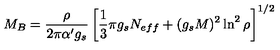
M _ { B } = \frac { \rho } { 2 \pi \alpha ^ { \prime } g _ { s } } \left[ \frac { 1 } { 3 } \pi g _ { s } N _ { e f f } + ( g _ { s } M ) ^ { 2 } \ln ^ { 2 } \rho \right] ^ { 1 / 2 }